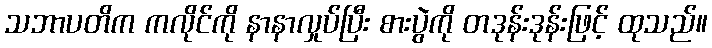
သဘာပတိက ကလိုင်ကို နာနာလှုပ်ပြီး စားပွဲကို တဒုန်းဒုန်းဖြင့် ထုသည်။